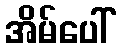
အိမ်ပေါ်